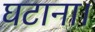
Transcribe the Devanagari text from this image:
घटाना।